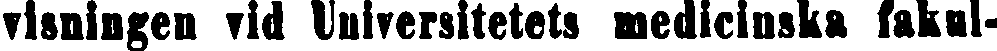
visningen vid Universitetets medicinska fakul-